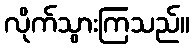
လိုက်သွားကြသည်။